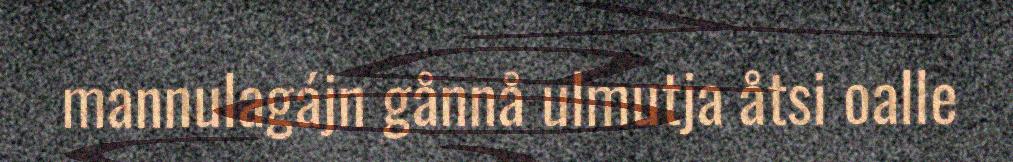
mannulagájn gånnå ulmutja åtsi oalle